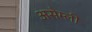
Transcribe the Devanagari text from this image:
असेम्ली